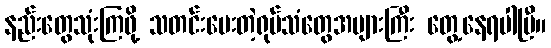
နည်းတွေသုံးကြဖို့ သတင်းပေးတဲ့ရုပ်သံတွေအများကြီး တွေ့နေရပါပြီ။